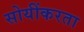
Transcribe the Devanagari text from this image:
सोयींकरता